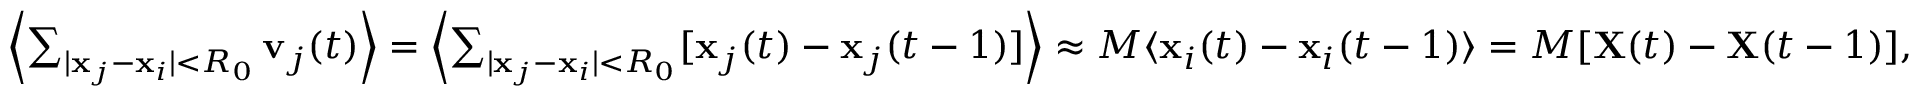
\begin{array} { r } { \left\langle \sum _ { | \mathbf { x } _ { j } - \mathbf { x } _ { i } | < R _ { 0 } } \mathbf { v } _ { j } ( t ) \right\rangle = \left\langle \sum _ { | \mathbf { x } _ { j } - \mathbf { x } _ { i } | < R _ { 0 } } [ \mathbf { x } _ { j } ( t ) - \mathbf { x } _ { j } ( t - 1 ) ] \right\rangle \approx M \langle \mathbf { x } _ { i } ( t ) - \mathbf { x } _ { i } ( t - 1 ) \rangle = M [ \mathbf { X } ( t ) - \mathbf { X } ( t - 1 ) ] , } \end{array}